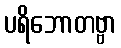
ပရိဘောတဗ္ဗာ